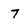
Character: 7